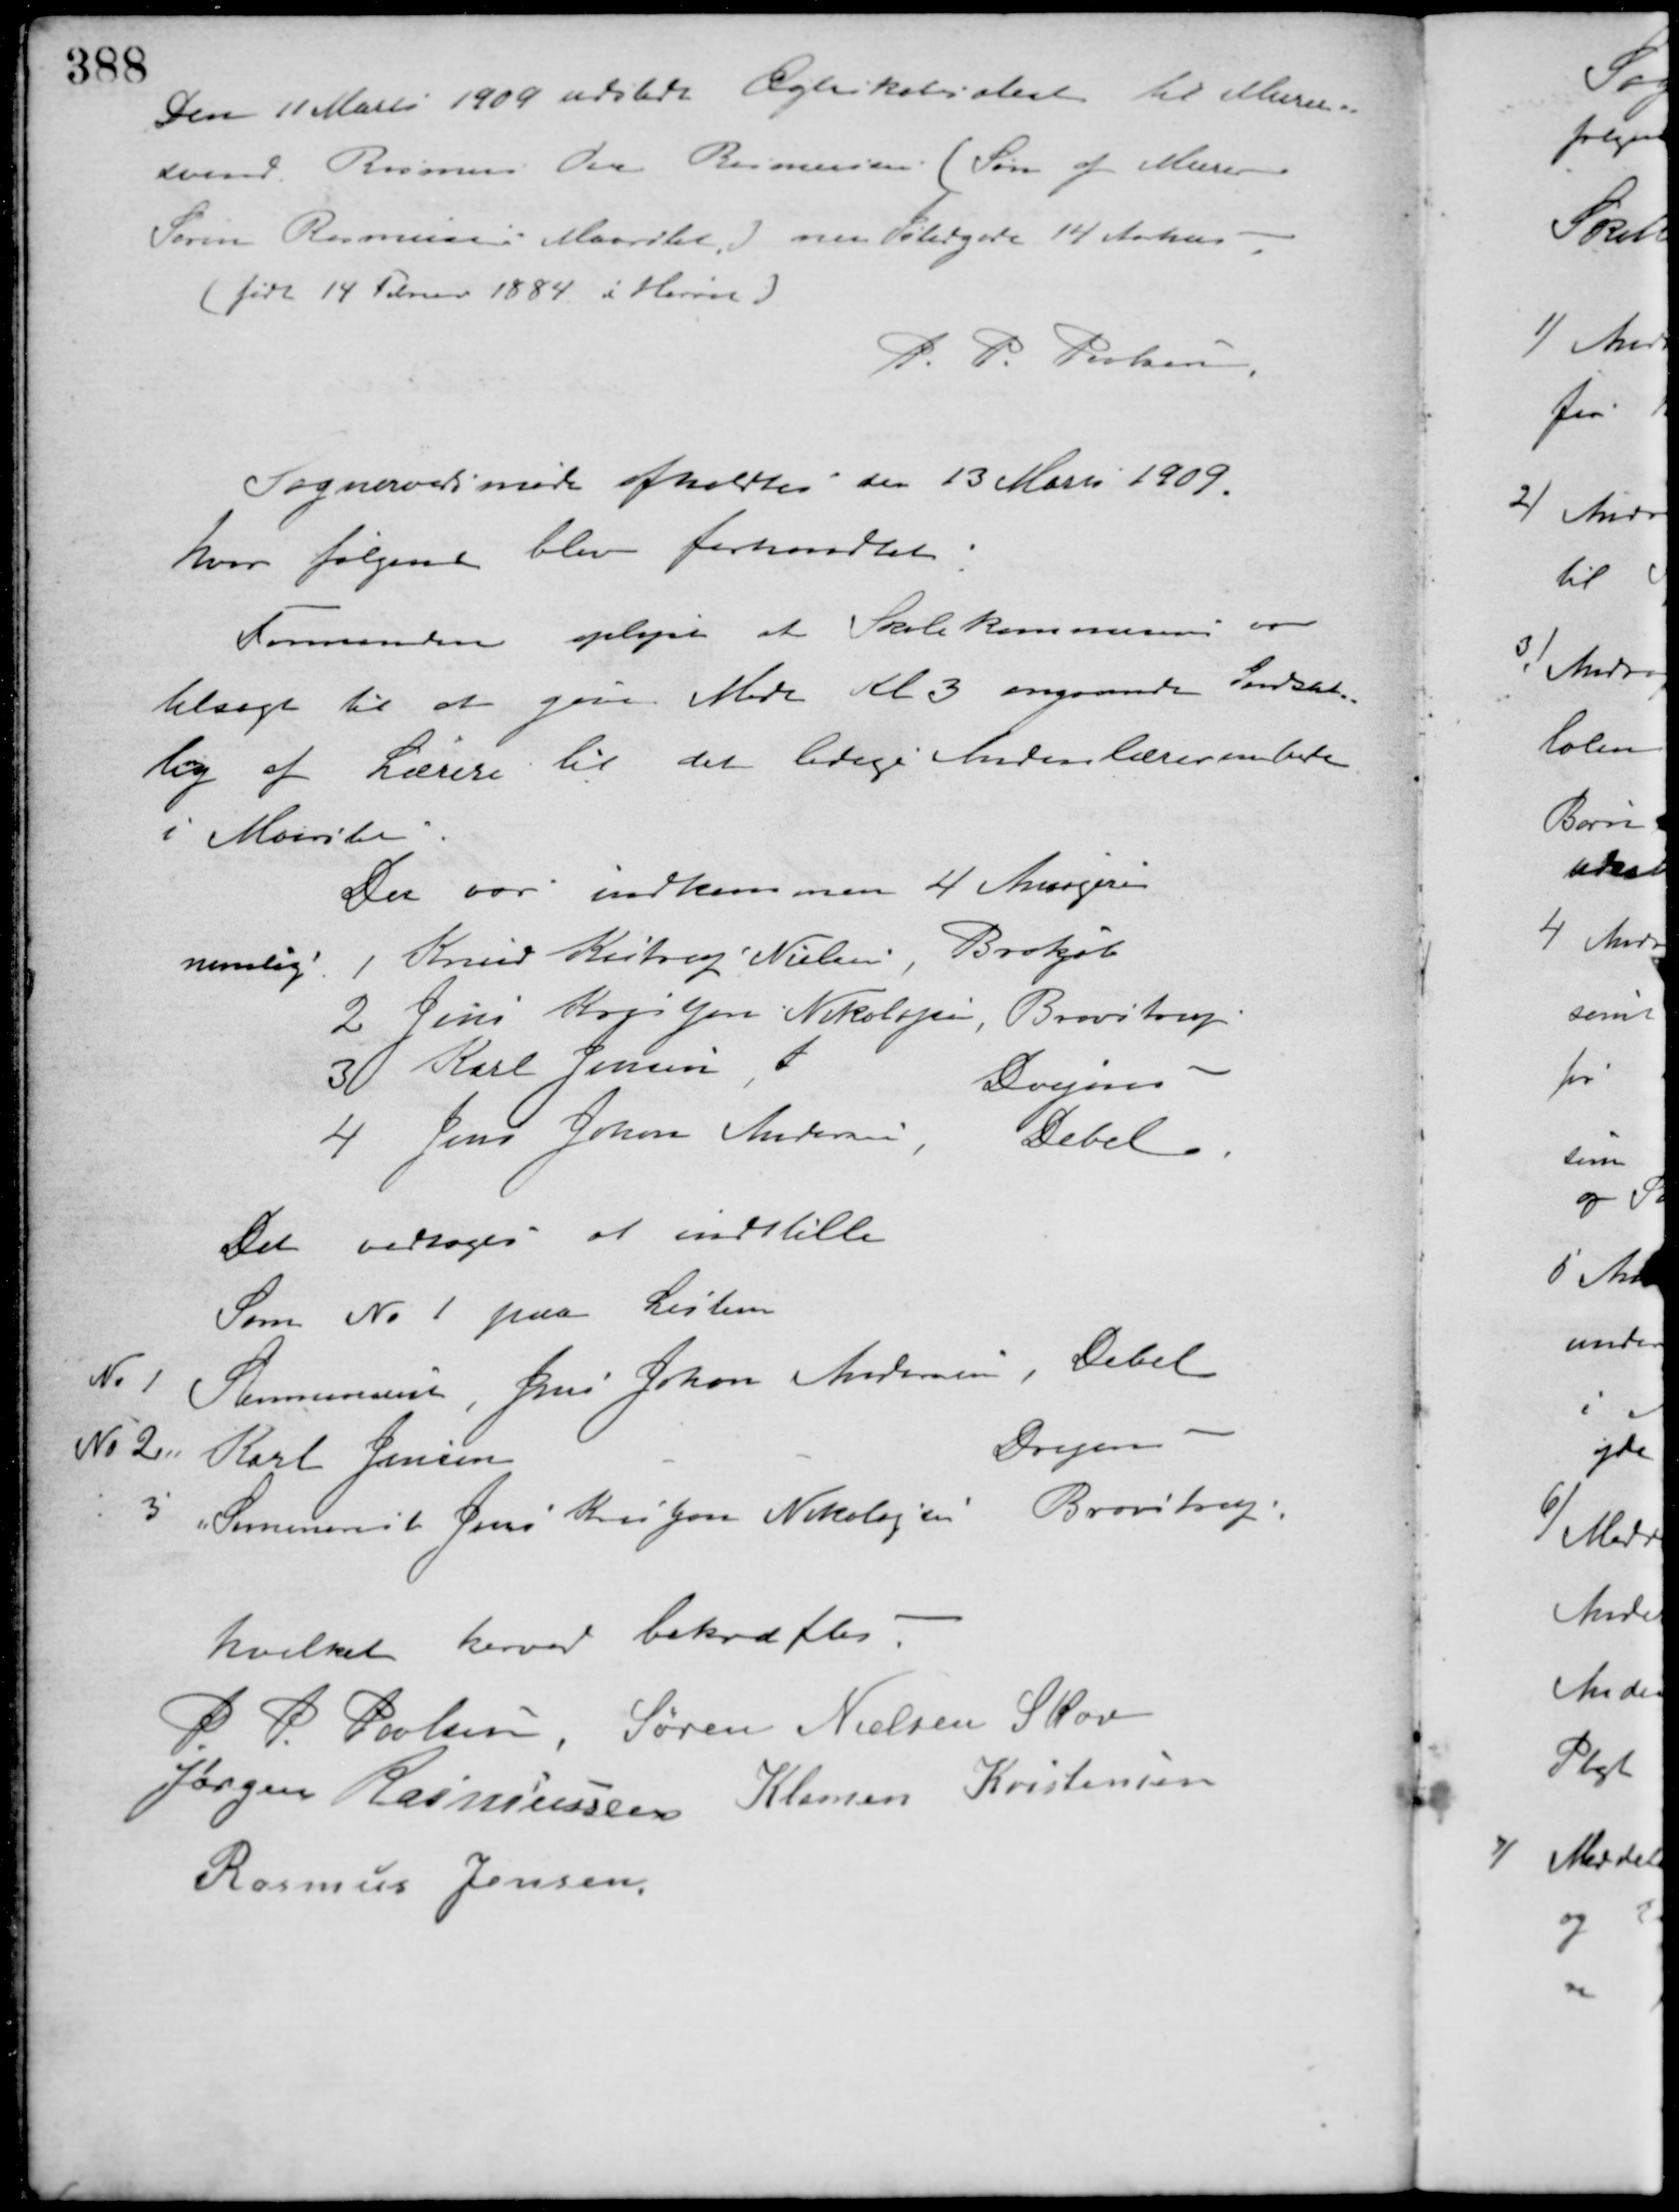
Transskription:
Den 11 Marts 1909 udstedt Ægteskabsattest til Murer-
svend Rasmus Ove Rasmussen (Søn af Murer
Søren Rasmussen Maarslet) nu Sødergade 14 Aarhus -
(født 14 Februar 1884 i Hørret)
P. P. Poulsen
Sogneraadsmøde afholdtes den 13 Marts 1909.
hvor følgende blev forhandlet:
Formanden oplyste at Skolekommissionen er
tilsagt til at give Møde Kl. 3 angaaende Indstil-
ling af Lærere til det ledige Andenlærerembede
i Maarslet.
Der var indkommen 4 Ansøgere
nemlig 1 Knud Kistrup Nielsen, Brokjøb
2. Jens Kogsejen Nikolajsen, Brovstrup
3 Karl Jensen, x 
Drejens
4 Jens Johan Andersen
Debel
Det vedtoges at indstille
Som No 1 paa Listen
No 1 Stemmerne, Jens Johan Andersen, Debel
No 2 Karl Jensen
Drejens
: 3 Simearest Jens Kristjan Nikolajsen Brovstrup
hvilket herved bekræftes.
P. P. Poulsen Søren Nielsen Skov
Jørgen Rasmussen Klemen Kristensen
Rasmus Jensen